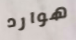
هوارد